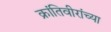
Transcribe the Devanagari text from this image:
क्रांतिवीरांच्या